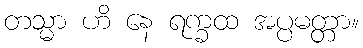
တသ္မာ ဟိ နေ ရက္ခထ အပ္ပမတ္တာ။